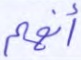
أنهم